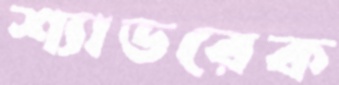
শ্যাডরেক